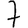
Digit: 7